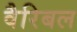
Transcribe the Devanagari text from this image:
वैरिबल